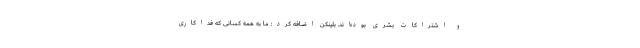
و اشتراکات بشری بوده‌اند. بلینکن اضافه کرد: ما به همه کسانی که فداکاری